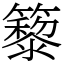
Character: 䉫